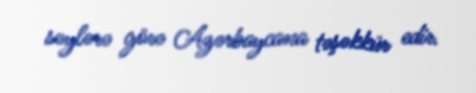
səylərə görə Azərbaycana təşəkkür edir.